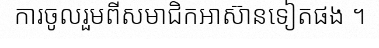
ការចូលរួមពីសមាជិកអាស៊ានទៀតផង ។